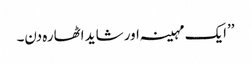
’’ایک مہینہ اور شاید اٹھارہ دن۔